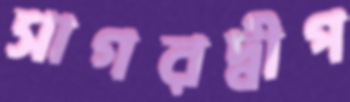
সাগরদ্বীপ